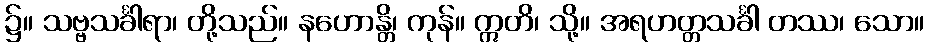
၌။ သဗ္ဗသင်္ခါရာ၊ တို့သည်။ နဟောန္တိ၊ ကုန်။ ဣတိ၊ သို့။ အရဟတ္တသင်္ခါ တဿ၊ သော။